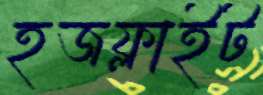
হজফ্লাইট